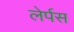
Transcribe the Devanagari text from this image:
लेर्पस